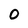
Character: O